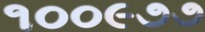
૧૦૦૯૭૭